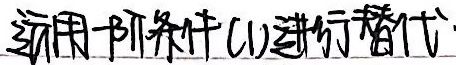
运用一阶条件(1)进行替代.